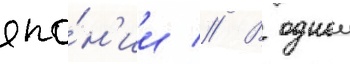
япо́н'ии // В однои